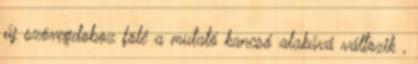
új szövegdoboz fölé a mutató kancsó alakúvá változik ,